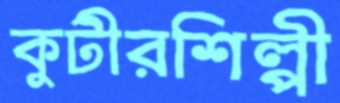
কুটীরশিল্পী